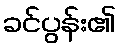
ခင်ပွန်း၏